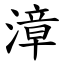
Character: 漳